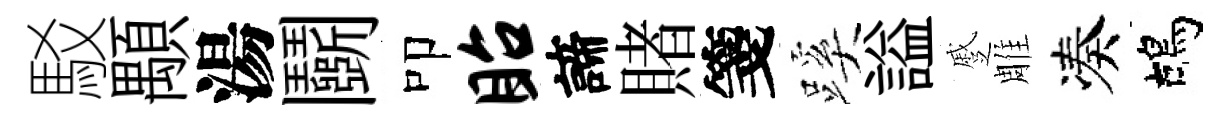
駁顒湯鬬叩眙諦賭箋蹊謚蹙雕凑鴣